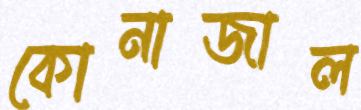
কোনাজাল